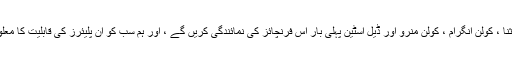
دریں اثنا ، کولن انگرام ، کولن منرو اور ڈیل اسٹین پہلی بار اس فرنچائز کی نمائندگی کریں گے ، اور ہم سب کو ان پلیئرز کی قابلیت کا معلوم ہے۔